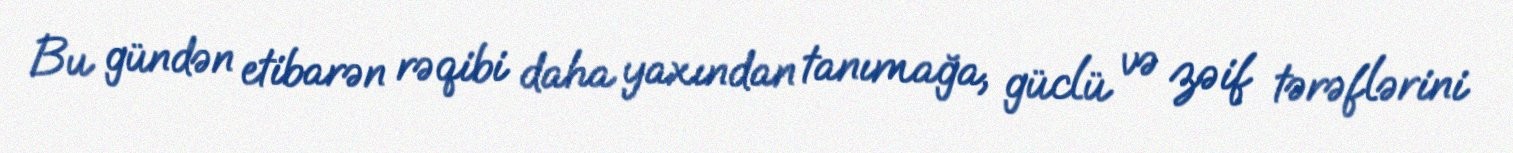
Bu gündən etibarən rəqibi daha yaxından tanımağa, güclü və zəif tərəflərini